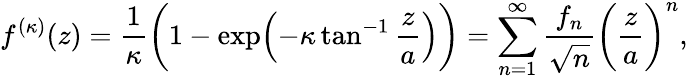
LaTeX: f^{(\kappa)}(z)=\frac{1}{\kappa}\biggl(1-\exp\Bigl(-\kappa\tan^{-1}\frac{z}{a}\Bigr)\biggr)=\sum_{n=1}^{\infty}\frac{f_{n}}{\sqrt{n}}\biggl(\frac{z}{a}\biggr)^{n},